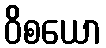
ဝိစယော